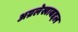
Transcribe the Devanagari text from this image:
अग्रलेखाबद्दल